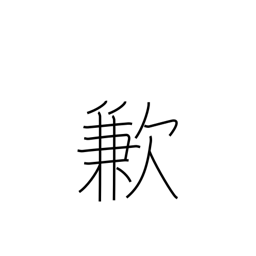
Meaning: insufficiency